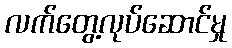
လက်တွေ့လုပ်ဆောင်မှု